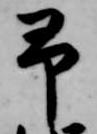
予